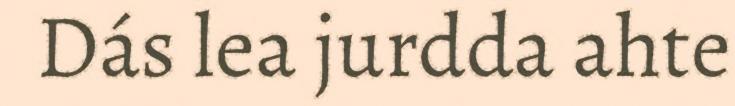
Dás lea jurdda ahte